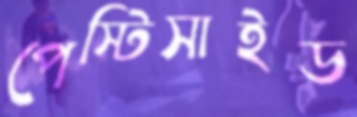
পেস্টিসাইড